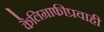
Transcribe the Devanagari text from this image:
कैलिग्राफीप्रवाही